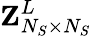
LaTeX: {\mathbf{Z}}_{N_{S}\times N_{S}}^{L}